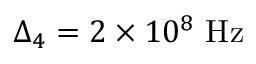
\Delta _ { 4 } = 2 \times 1 0 ^ { 8 } ~ \mathrm { H z }